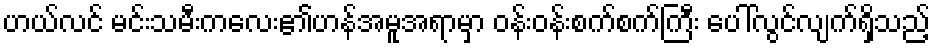
ဟယ်လင် မင်းသမီးကလေး၏ဟန်အမူအရာမှာ ဝန်းဝန်းစက်စက်ကြီး ပေါ်လွင်လျက်ရှိသည့်